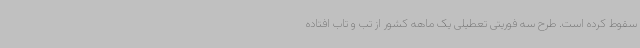
سقوط کرده است. طرح سه فوریتی تعطیلی یک ماهه کشور از تب و تاب افتاده